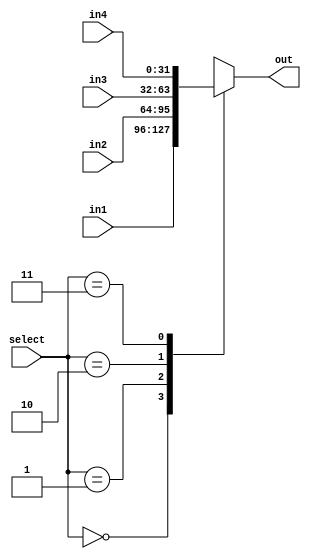
module mux4_1(out,in1,in2,in3,in4,select);
	//32 bit ip and op
	input [1:0] select;
	input [31:0] in1,in2,in3,in4;
	output reg [31:0] out;
	always@(*)
	begin
	case(select)
		2'b00:out<=in1;
		2'b01:out<=in2;
		2'b10:out<=in3;
		2'b11:out<=in4;
	endcase
	end
endmodule